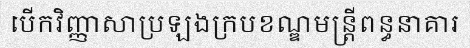
បើកវិញ្ញាសាប្រឡងក្របខណ្ឌមន្ត្រីពន្ធនាគារ